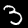
Digit: 3